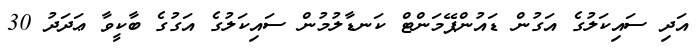
އަދި ސައިކަލުގެ އަގުން ޑައުންޕޭމަންޓް ކަނޑާލުމުން ސައިކަލުގެ އަގުގެ ބާކީވާ ޢަދަދު 30